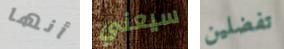
أنها سيعني تفضلين